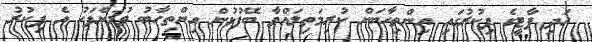
އަދި ޕާޓީގެ ފިކުރުގައި އިންތިހާބަށް ކުރިމަތިލައްވާ ބޭފުޅުން އިންތިހާބު ވުމަށްފަހު އެ ފިކުރު